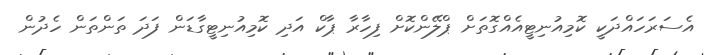
އެސަރަހައްދަކީ ކޮމިއުނިޓީއެއްގޮތަށް ޕްލޭންކޮށް ފިހާރާ ޕާކް އަދި ކޮމިއުނިޓީގާޑަން ފަދަ ތަންތަން ހެދުން